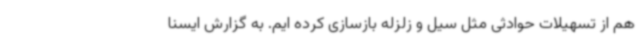
هم از تسهیلات حوادثی مثل سیل و زلزله بازسازی کرده ایم. به گزارش ایسنا